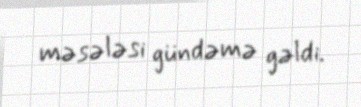
məsələsi gündəmə gəldi.